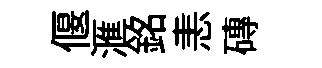
偃滙銘恚磚